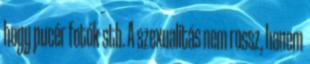
hogy pucér fotók stb. A szexualitás nem rossz, hanem